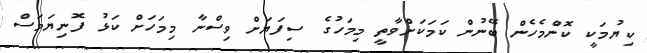
ކިޔުމަކީ ކޮންމެހެން ބޭނުން ކަމަކަށްވާތީ މިމަހުގެ ސިފަޔަށް ވިސްނާ މިމަހަށް ކަޅު ފޮނިޔަމަސް